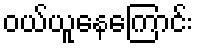
ဝယ်ယူနေကြောင်း